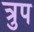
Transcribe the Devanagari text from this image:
त्रुप